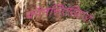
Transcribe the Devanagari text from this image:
कॉनसिएसियाओ